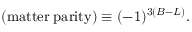
( \mathrm { m a t t e r \; p a r i t y } ) \equiv ( - 1 ) ^ { 3 ( B - L ) } .